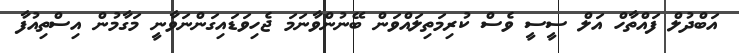
އަބްދުލް ފައްތާހް އަލް ސީސީ ވެސް ކުރިމަތިލައްވަން ބޭނުންވާނަމަ ޖެހިވަޑައިގަންނަވާނީ މަގާމުން އިސްތިއުފާ